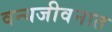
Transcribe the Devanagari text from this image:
वन्यजीवनात